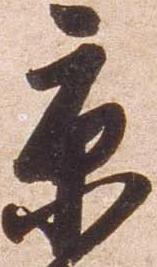
京